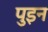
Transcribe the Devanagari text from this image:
पुइन